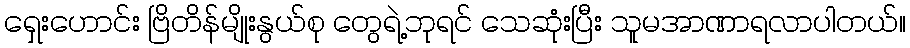
ရှေးဟောင်း ဗြိတိန်မျိုးနွယ်စု တွေရဲ့ဘုရင် သေဆုံးပြီး သူမအာဏာရလာပါတယ်။